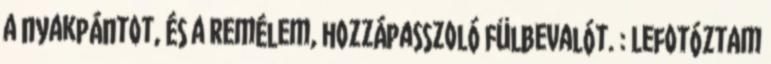
a nyakpántot, és a remélem, hozzápasszoló fülbevalót. : Lefotóztam